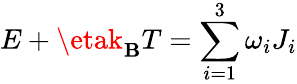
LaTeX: E+\etak_{\mathbf{B}}T=\sum_{i=1}^{3}\omega_{i}J_{i}